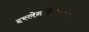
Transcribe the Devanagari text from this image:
इस्लेनदिन्काबोक